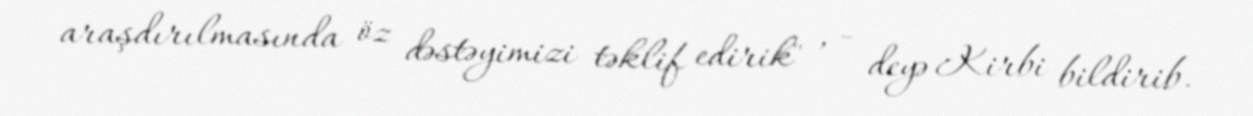
araşdırılmasında öz dəstəyimizi təklif edirik" , - deyə Kirbi bildirib.